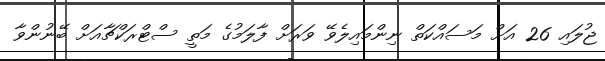
ޖުލައި 26 އަށް މަސައްކަތް ނިންމައިލެވޭ ވަރަށް ފާލަމުގެ މަތީ ސްޓްރަކްޗާއަށް ބޭނުންވާ